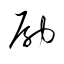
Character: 励